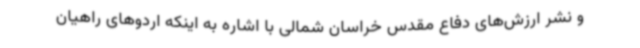
و نشر ارزش‌های دفاع مقدس خراسان شمالی با اشاره به اینکه اردوهای راهیان